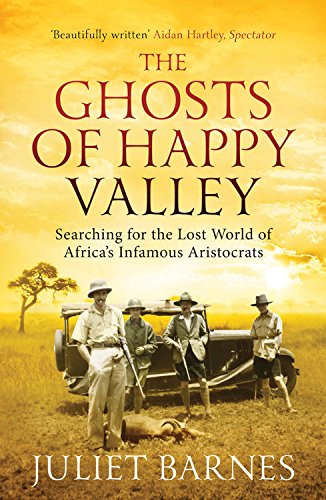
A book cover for The Ghosts of Happy Valley: Searching for the Lost World of Africa's Infamous Aristocrats; Juliet Barnes; Biographies & Memoirs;